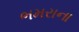
ભમરાના